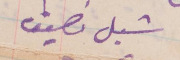
شبل نصيف